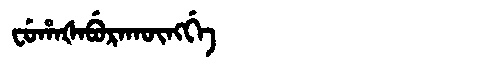
Manchu: ᠸᡠᡥᠠᡧᠠᠪᡠᡵᠠᡴᡡᠩᡤᡝ
Romanization: FUHAŠABURAKŪNGGE